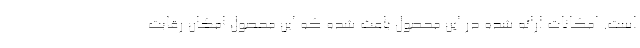
است. امکانات ارائه شده در این محصول باعث شده که این محصول امکان رقابت